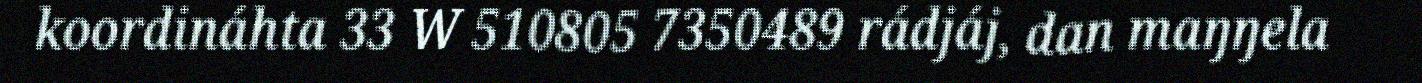
koordináhta 33 W 510805 7350489 rádjáj, dan maŋŋela